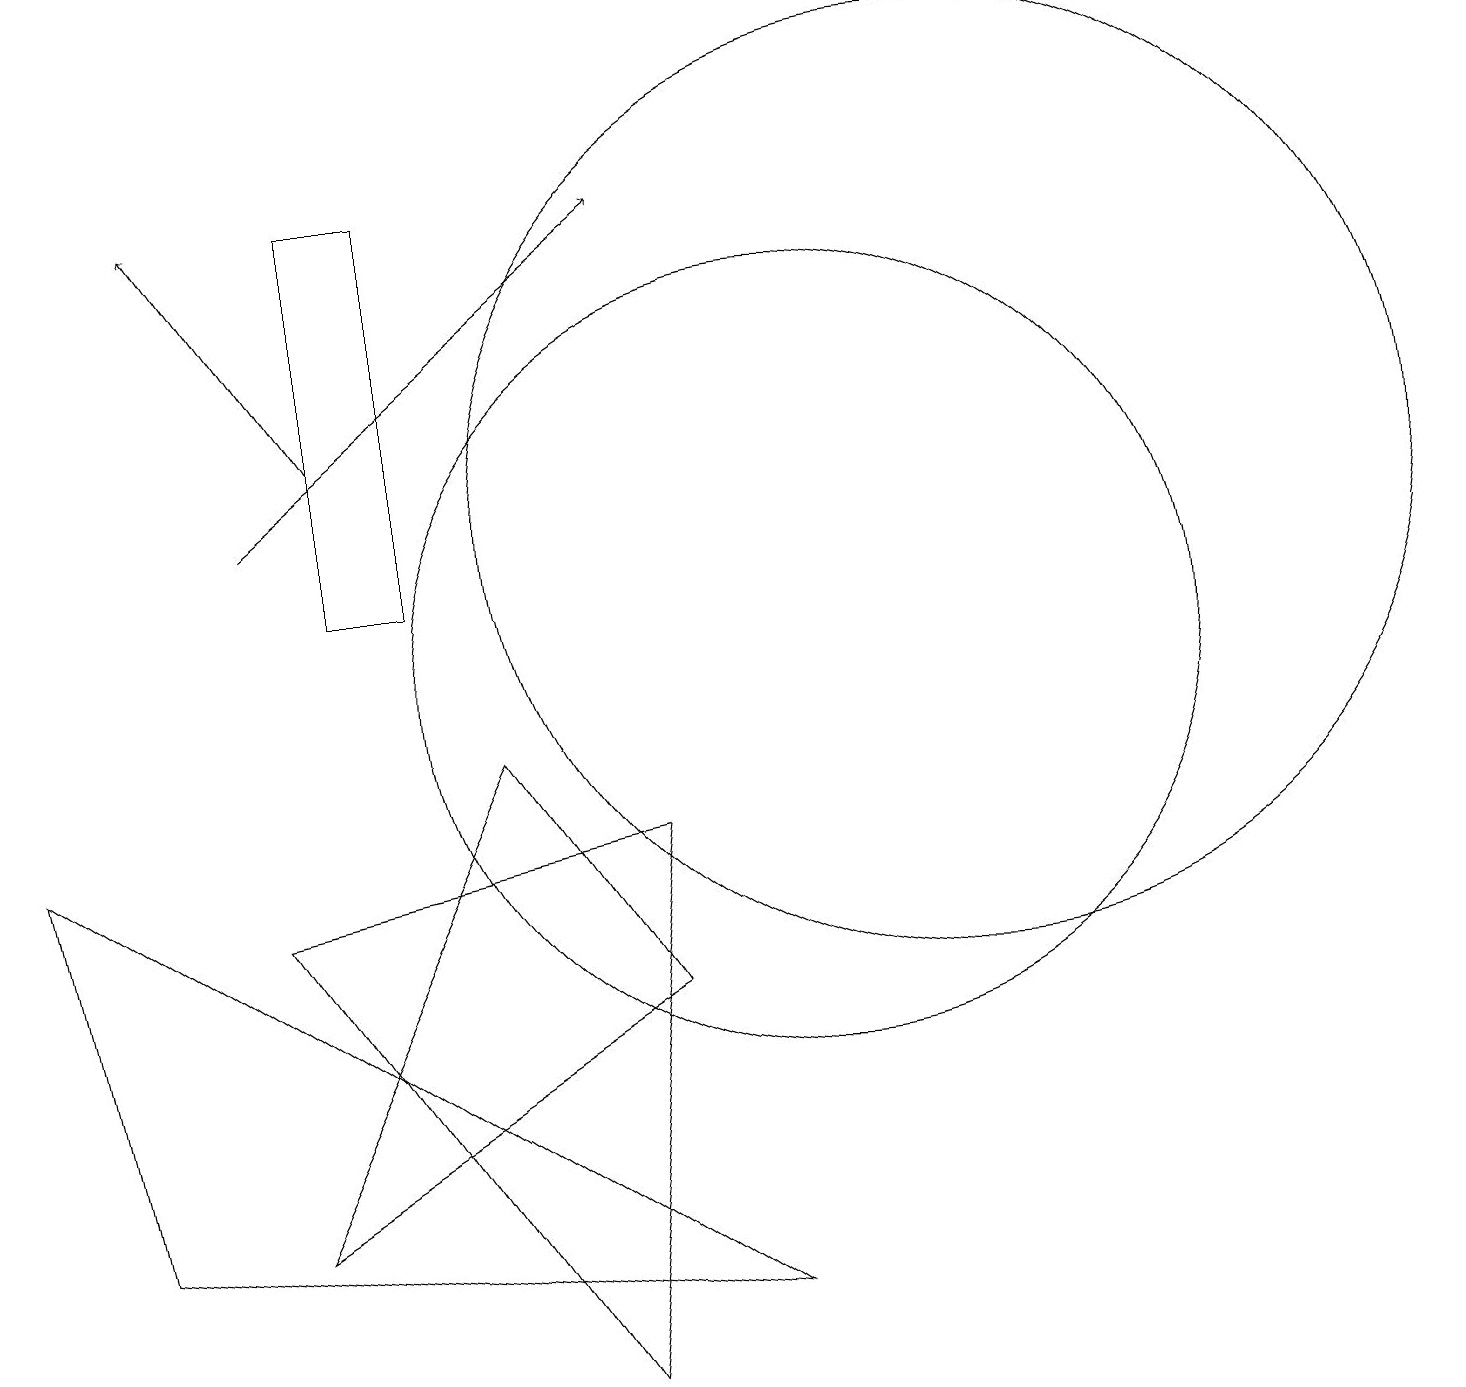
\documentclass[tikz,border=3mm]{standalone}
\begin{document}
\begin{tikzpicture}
\draw (12,12) circle (6);
\draw (4,11) rectangle (5,16);
\draw (7,1) -- (8,8) -- (3,7) -- cycle;
\draw (10,10) circle (5);
\draw (0,8) -- (1,3) -- (9,2) -- cycle;
\draw[->] (3,12) -- (8,16);
\draw (6,9) -- (8,6) -- (3,3) -- cycle;
\draw[->] (4,13) -- (2,16);
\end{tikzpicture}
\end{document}